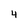
Character: 4